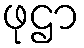
ဖုဌာ